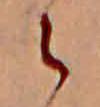
ら